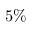
5 \%